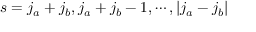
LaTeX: s = j _ { a } + j _ { b } , j _ { a } + j _ { b } - 1 , \cdots , | j _ { a } - j _ { b } |